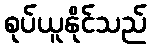
စုပ်ယူနိုင်သည်